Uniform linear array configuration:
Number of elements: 24
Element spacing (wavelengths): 0.75
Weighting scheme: hamming
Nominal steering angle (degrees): -60
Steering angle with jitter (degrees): -59.426
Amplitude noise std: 0.05
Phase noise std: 0.05

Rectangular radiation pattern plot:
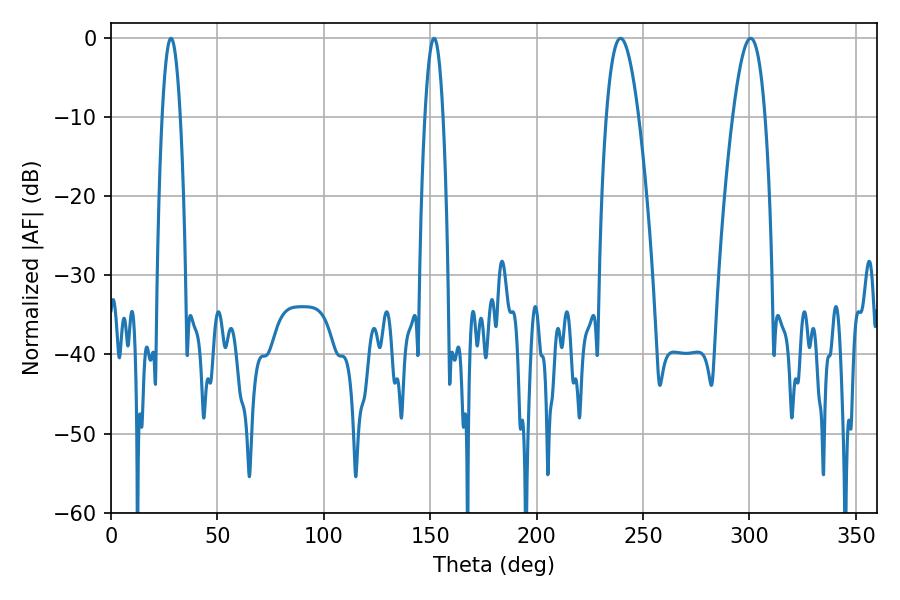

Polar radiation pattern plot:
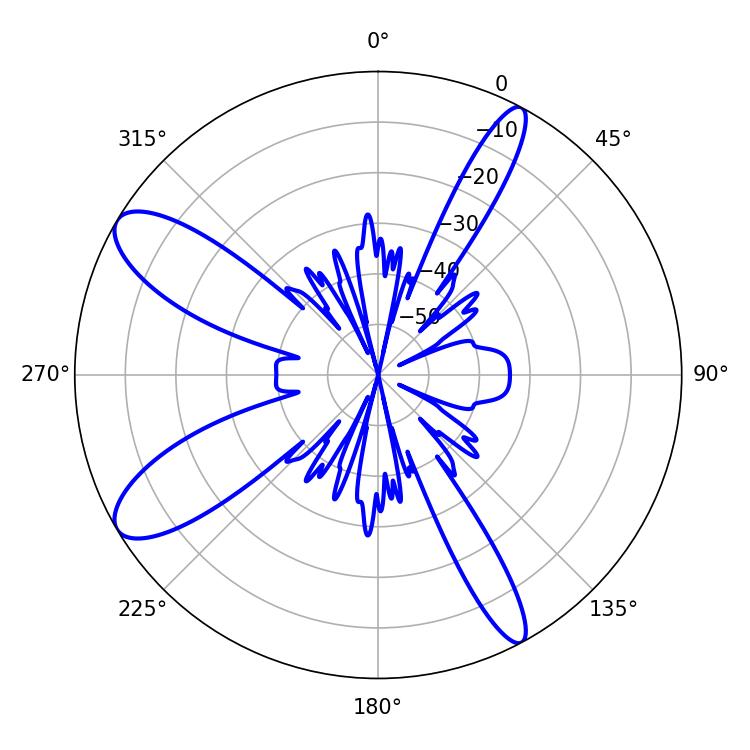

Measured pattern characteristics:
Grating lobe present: TRUE
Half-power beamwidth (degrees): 8.28
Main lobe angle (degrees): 239.4